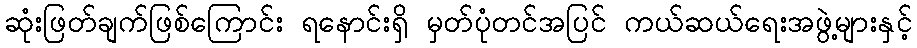
ဆုံးဖြတ်ချက်ဖြစ်ကြောင်း ရနောင်းရှိ မှတ်ပုံတင်အပြင် ကယ်ဆယ်ရေးအဖွဲ့များနှင့်